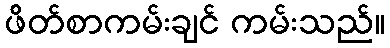
ဖိတ်စာကမ်းချင် ကမ်းသည်။